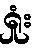
ရှုံး